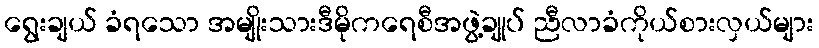
ရွေးချယ် ခံရသော အမျိုးသားဒီမိုကရေစီအဖွဲ့ချုပ် ညီလာခံကိုယ်စားလှယ်များ